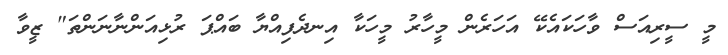
މީ ސީރިއަސް ވާހަކައެކޭ އަހަރެން މީހާރު މީހަކާ އިނދެފިއްޔާ ބައްޕަ ރުޅިއަންނާނަންތަ" ޒީވާ